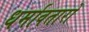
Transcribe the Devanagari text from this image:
धर्मावतारों